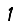
Digit: 1